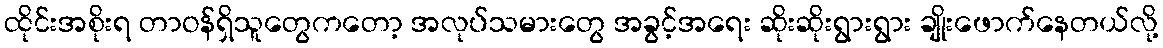
ထိုင်းအစိုးရ တာဝန်ရှိသူတွေကတော့ အလုပ်သမားတွေ အခွင့်အရေး ဆိုးဆိုးရွားရွား ချိုးဖောက်နေတယ်လို့